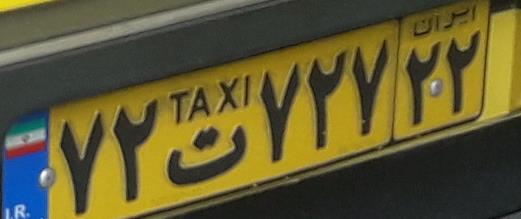
۷۲ت۷۲۷۲۲